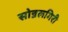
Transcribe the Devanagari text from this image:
सोन्नलगिरी